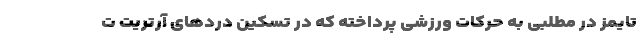
تایمز در مطلبی به حرکات ورزشی پرداخته که در تسکین دردهای آرتریت ت